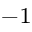
^ { - 1 }